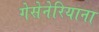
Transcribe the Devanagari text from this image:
गेसेनेरियाना